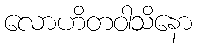
လောဟိတဝါသိနော